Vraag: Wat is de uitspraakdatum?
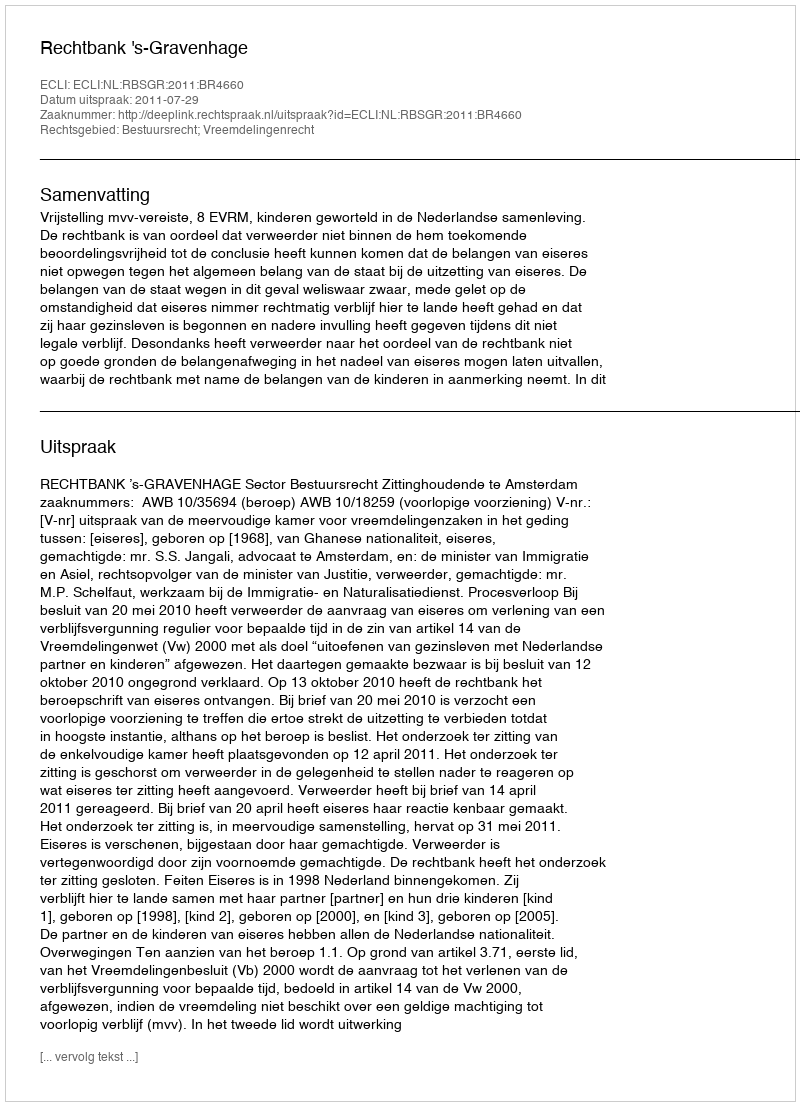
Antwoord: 2011-07-29